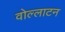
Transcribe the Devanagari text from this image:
वोल्लाटन